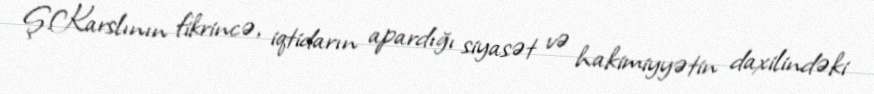
Ş.Karslının fikrincə, iqtidarın apardığı siyasət və hakimiyyətin daxilindəki